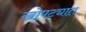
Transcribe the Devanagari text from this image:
खोपट्यात